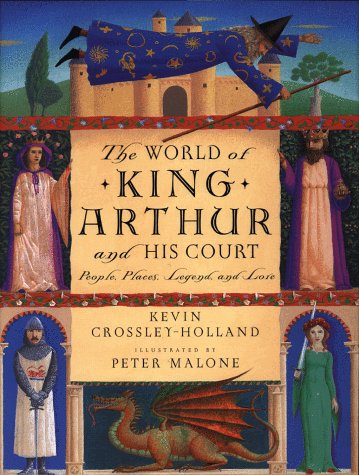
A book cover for The World of King Arthur and His Court: People, Places, Legend, and Lore; Kevin Crossley-Holland; Children's Books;